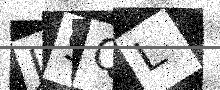
Text: J9QL